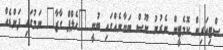
ސްޓިއަރިން ކޮމެޓީން ނެރުނު ނޫސް ބަޔާނެއްގައި ބުނީ "ހެލްޕް ގާޒާ" ނަމުގައި ފަންޑެއް